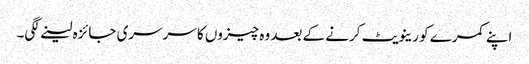
اپنے کمرے کو رینویٹ کرنے کے بعد وہ چیزوں کا سرسری جائزہ لینے لگی۔